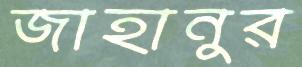
জাহানুর